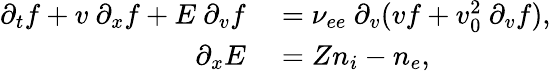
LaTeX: \begin{array}{rl}{\partial_{t}f+v~\partial_{x}f+E~\partial_{v}f}&{{}=\nu_{ee}~\partial_{v}(vf+v_{0}^{2}~\partial_{v}f),}\\ {\partial_{x}E}&{{}=Zn_{i}-n_{e},}\end{array}